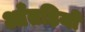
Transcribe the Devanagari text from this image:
आँतड़ियों